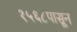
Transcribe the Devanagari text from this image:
१५६८पासून